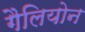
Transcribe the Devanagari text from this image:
गैलियोन